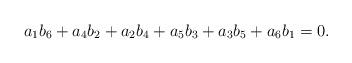
LaTeX: \begin{align*}a_1b_6+a_4b_2+a_2b_4+a_5b_3+a_3b_5+a_6b_1=0.\end{align*}